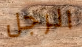
الرجل